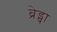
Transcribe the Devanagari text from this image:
ब्रेड्षा